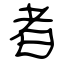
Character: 者